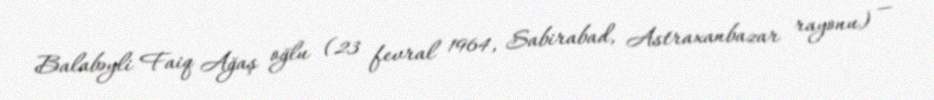
Balabəyli Faiq Ağaş oğlu (23 fevral 1964, Sabirabad, Astraxanbazar rayonu) —